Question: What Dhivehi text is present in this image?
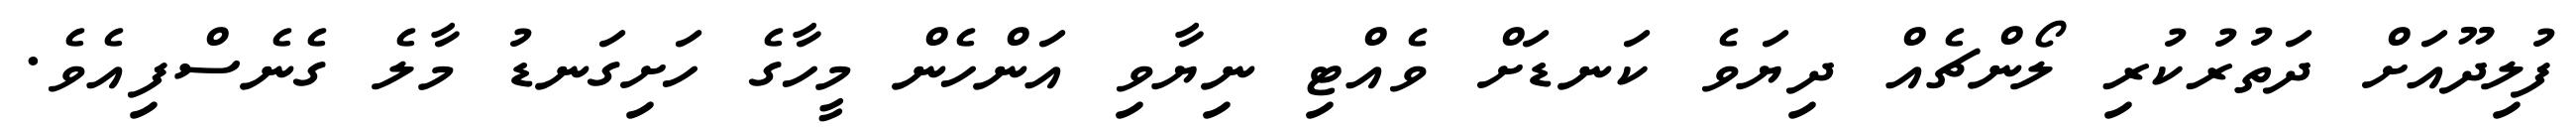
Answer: ފުލިދޫއަށް ދަތުރުކުރި ލޯންޗެއް ދިޔަވެ ކަނޑަށް ވެއްޓި ނިޔާވި އަންހެން މީހާގެ ހަށިގަނޑު މާލެ ގެނެސްފިއެވެ.